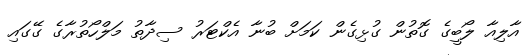
އާލިއާ ލޯބީގެ ގޮތުން ގުޅިގެން ކަމަށް ބުނާ އެކްޓަރު ސިދާތު މަލްހޯތުރާގެ ގޭގައި